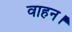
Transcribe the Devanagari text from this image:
वाहन।